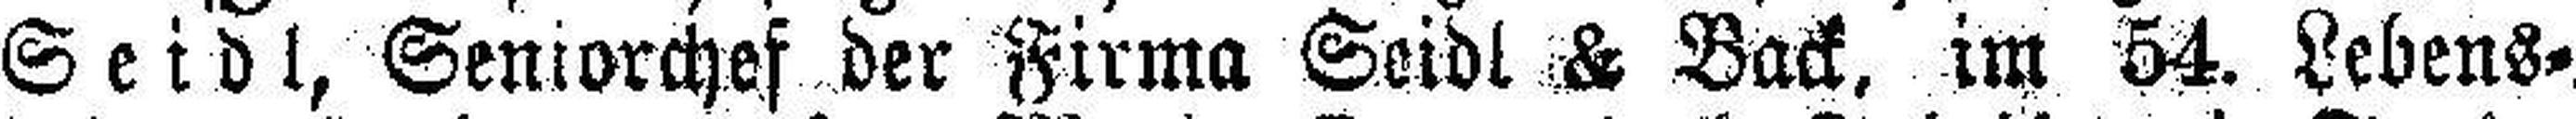
Seidl, Seniorchef der Firma Seidl & Back, im 54. Lebens¬